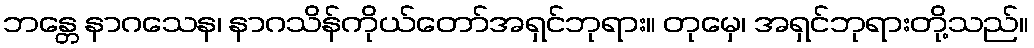
ဘန္တေ နာဂသေန၊ နာဂသိန်ကိုယ်တော်အရှင်ဘုရား။ တုမှေ၊ အရှင်ဘုရားတို့သည်။